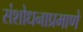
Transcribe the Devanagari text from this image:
संशोधनाप्रमाणे